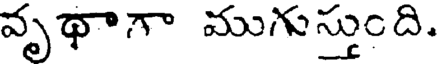
వృథాగా ముగుస్తుంది.